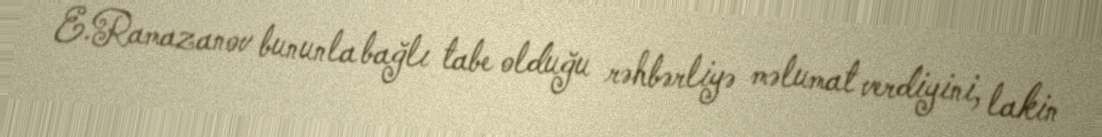
E.Ramazanov bununla bağlı tabe olduğu rəhbərliyə məlumat verdiyini, lakin